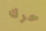
حرك